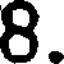
8.